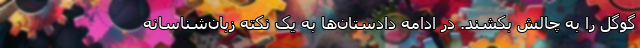
گوگل را به چالش بکشند. در ادامه دادستان‌ها به یک نکته زبان‌شناسانه